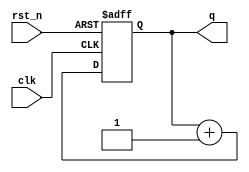
module bincnt(q, clk, rst_n);

output [3:0] q;
input clk;
input rst_n;

reg [3:0] q;
reg [3:0] q_tmp;

always @*
    q_tmp = q + 1'b1;

always @(posedge clk or negedge rst_n)
begin
    if (~rst_n)
        q <= 4'd0;
    else
        q <= q_tmp;
end
endmodule